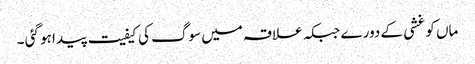
ماں کو غشی کے دورے جبکہ علاقہ میں سوگ کی کیفیت پیدا ہو گئی ۔